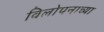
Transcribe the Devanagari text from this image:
विलोपनाच्या